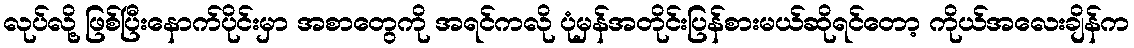
လုပ်လို့ ဖြစ်ပြီးနောက်ပိုင်းမှာ အစာတွေကို အရင်ကလို ပုံမှန်အတိုင်းပြန်စားမယ်ဆိုရင်တော့ ကိုယ်အလေးချိန်က